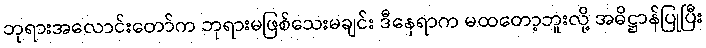
ဘုရားအလောင်းတော်က ဘုရားမဖြစ်သေးမချင်း ဒီနေရာက မထတော့ဘူးလို့ အဓိဋ္ဌာန်ပြုပြီး